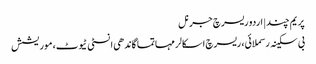
پریم چند | اردو ریسرچ جرنل
بی سکینہ رسملائی، ریسرچ اسکالر مہاتما گاندھی انسٹی ٹیوٹ، موریشش